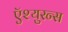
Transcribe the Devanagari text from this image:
ऍश्युरन्स